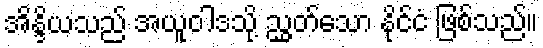
အိန္ဒိယသည် အယူဝါဒသို့ ညွှတ်သော နိုင်ငံ ဖြစ်သည်။